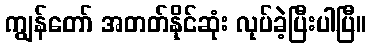
ကျွန်တော် အတတ်နိုင်ဆုံး လုပ်ခဲ့ပြီးပါပြီ။